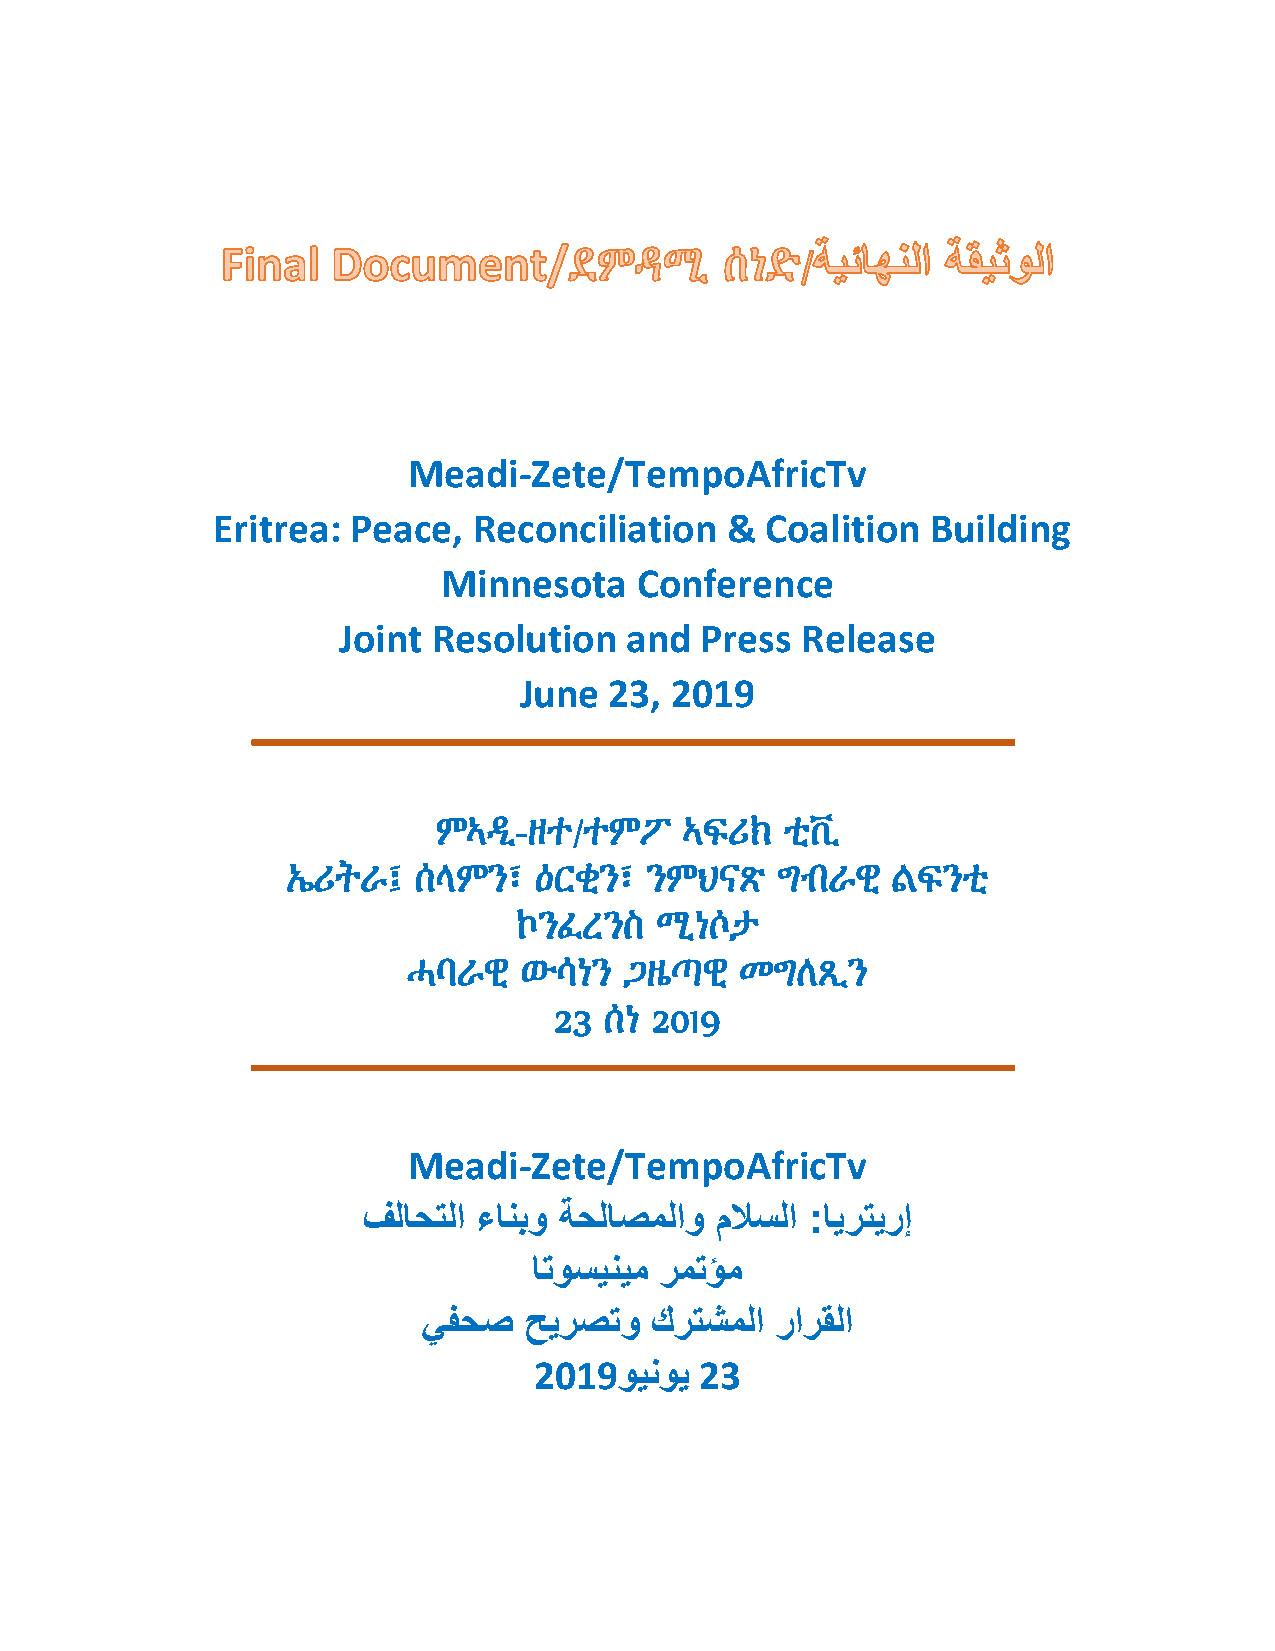
Meadi-Zete/TempoAfricTv
 Eritrea: Peace,  Reconciliation   &  Coalition  Building
 Minnesota    Conference
 Joint  Resolution  and  Press  Release
 June  23, 2019
 ምኣዲ-ዘተ/ተምፖ      ኣፍሪክ   ቲቪ
 ኤሪትራ፤   ሰላምን፣   ዕርቂን፣   ንምህናጽ   ግብራዊ    ልፍንቲ
 ኮንፈረንስ   ሚነሶታ
 ሓባራዊ   ውሳነን   ጋዜጣዊ    መግለጺን
 23 ሰነ 2019
 Meadi-Zete/TempoAfricTv
 فلاحتلا ءانبو ةحلاصملاو ملاسلا :ايرتيرإ
 اتوسينيم رمتؤم
 يفحص   حيرصتو  كرتشملا رارقلا
 2019وينوي  23